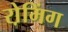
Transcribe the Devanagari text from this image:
रो़मिंग